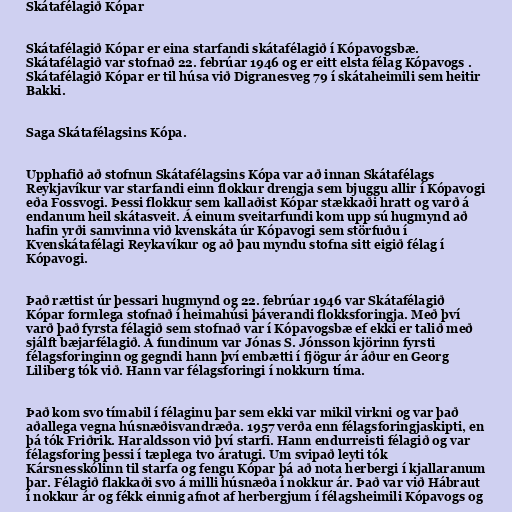
Skátafélagið Kópar

Skátafélagið Kópar er eina starfandi skátafélagið í Kópavogsbæ.
Skátafélagið var stofnað 22. febrúar 1946 og er eitt elsta félag Kópavogs .
Skátafélagið Kópar er til húsa við Digranesveg 79 í skátaheimili sem heitir
Bakki.

Saga Skátafélagsins Kópa.

Upphafið að stofnun Skátafélagsins Kópa var að innan Skátafélags
Reykjavíkur var starfandi einn flokkur drengja sem bjuggu allir í Kópavogi
eða Fossvogi. Þessi flokkur sem kallaðist Kópar stækkaði hratt og varð á
endanum heil skátasveit. Á einum sveitarfundi kom upp sú hugmynd að
hafin yrði samvinna við kvenskáta úr Kópavogi sem störfuðu í
Kvenskátafélagi Reykavíkur og að þau myndu stofna sitt eigið félag í
Kópavogi.

Það rættist úr þessari hugmynd og 22. febrúar 1946 var Skátafélagið
Kópar formlega stofnað í heimahúsi þáverandi flokksforingja. Með því
varð það fyrsta félagið sem stofnað var í Kópavogsbæ ef ekki er talið með
sjálft bæjarfélagið. Á fundinum var Jónas S. Jónsson kjörinn fyrsti
félagsforinginn og gegndi hann því embætti í fjögur ár áður en Georg
Liliberg tók við. Hann var félagsforingi í nokkurn tíma.

Það kom svo tímabil í félaginu þar sem ekki var mikil virkni og var það
aðallega vegna húsnæðisvandræða. 1957 verða enn félagsforingjaskipti, en
þá tók Friðrik. Haraldsson við því starfi. Hann endurreisti félagið og var
félagsforing þessi í tæplega tvo áratugi. Um svipað leyti tók
Kársnesskólinn til starfa og fengu Kópar þá að nota herbergi í kjallaranum
þar. Félagið flakkaði svo á milli húsnæða í nokkur ár. Það var við Hábraut
í nokkur ár og fékk einnig afnot af herbergjum í félagsheimili Kópavogs og